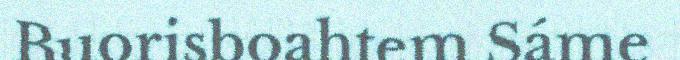
Buorisboahtem Sáme